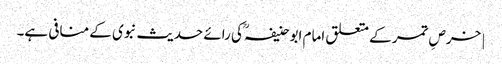
| خرصِ تمر کے متعلق امام ابو حنیفہؒ کی رائے حدیث نبوی کے منافی ہے۔